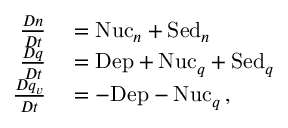
\begin{array} { r l } { { \frac { D n } { D t } } } & { { } = \mathrm { N u c } _ { n } + \mathrm { S e d } _ { n } } \\ { { \frac { D q } { D t } } } & { { } = \mathrm { D e p } + \mathrm { N u c } _ { q } + \mathrm { S e d } _ { q } } \\ { { \frac { D q _ { v } } { D t } } } & { { } = - \mathrm { D e p } - \mathrm { N u c } _ { q } \, , } \end{array}